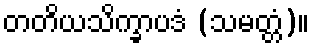
တတိယသိက္ခာပဒံ (သမတ္တံ)။